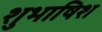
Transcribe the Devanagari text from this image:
शुभाषिश